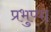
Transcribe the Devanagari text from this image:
प्रभुप्पा